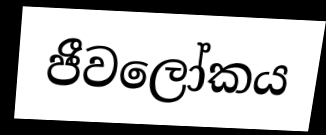
ජීවලෝකය